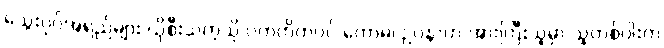
သွေးပုပ်အရည်များ ယိုစီးသကဲ့သို ပကတိကပင် ကောဓ၊ ဥပနာဟ အားကြီးသူမှာ သူတစ်ပါးက